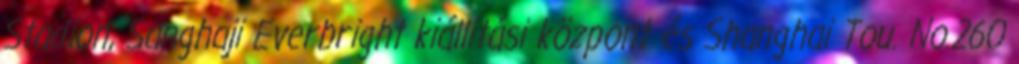
Stadion, Sanghaji Everbright kiállítási központ és Shanghai Tou. No.260